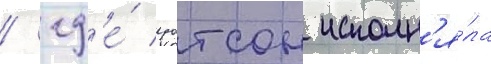
/ гд'е́ уотсон исполн'я́ла